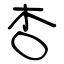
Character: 杏